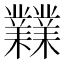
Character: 𪴨